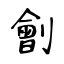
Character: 劊